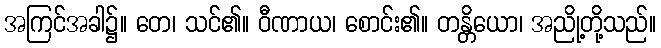
အကြင်အခါ၌။ တေ၊ သင်၏။ ဝီဏာယ၊ စောင်း၏။ တန္တိယော၊ အညို့တို့သည်။